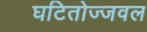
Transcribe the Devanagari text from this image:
घटितोज्जवल